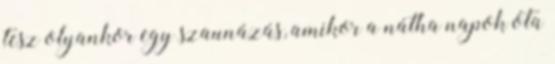
tesz olyankor egy szaunázás, amikor a nátha napok óta